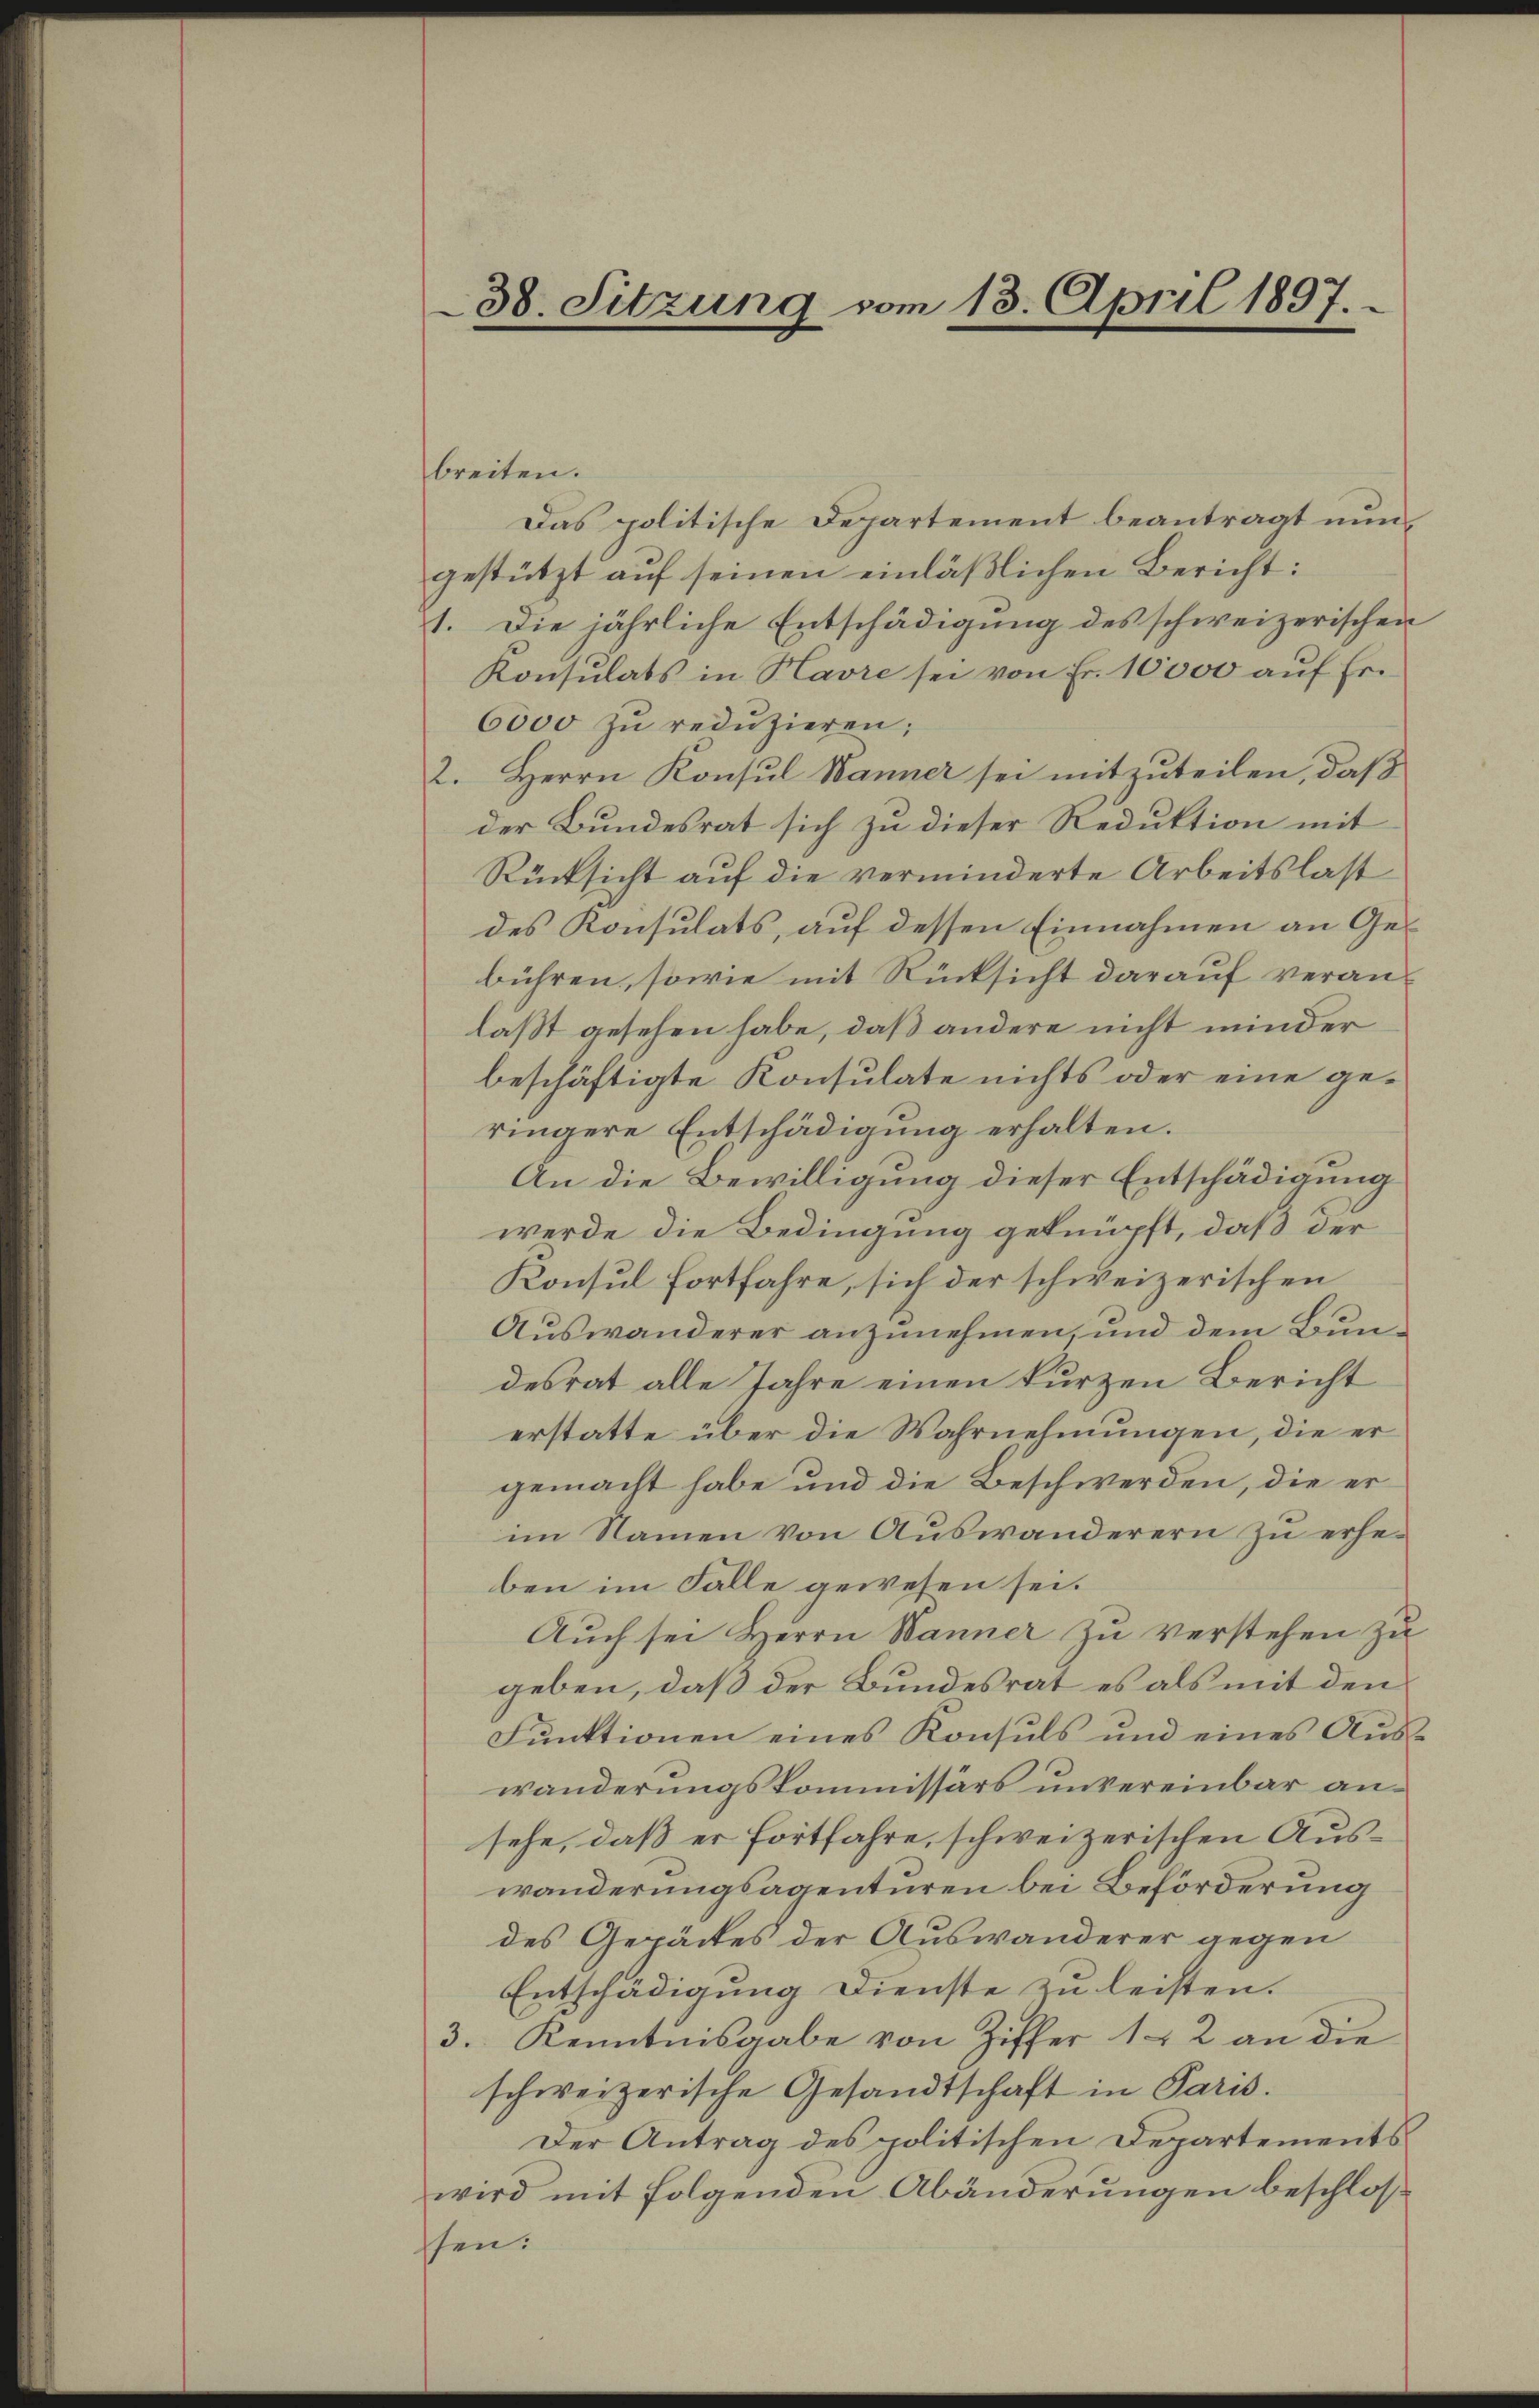
38. Sitzung vom 13. April 1897.

breiten.
Das politische Departement beantragt nungestützt auf seinen einläßlichen Bericht:
1. Die jährliche Entschädigung des schweizerischen
Konsulats in Havre sei von Fr. 10000 auf Er¬
6000 zu reduzieren;
2. Herrn Konsul Männer sei mitzuteilen, daß
der Bundesrat sich zu dieser Reduktion mit
Rücksicht auf die verminderte Arbeitslast
des Konsulats, auf dessen Einnahmen an Gebühren, sowie mit Rücksicht darauf veranlaßt gesehen habe, daß andere nicht minder
beschäftigte Konsulate nichts oder eine geringere Entschädigung erhalten.
An die Bewilligung dieser Entschädigung
werde die Bedingung geknüpft, daß der
Konsul fortfahre, sich der schweizerischen
Auswanderer anzunehmen, und dem Bundesrat alle Jahre einen kurzen Bericht
erstatte über die Wahrnehmungen, die er
gemacht habe und die Beschwerden, die er
im Namen von Auswanderern zu erheben im Falle gewesen sei.
Aŭch sei Herrn Wanner zŭ verstehen zŭ
geben, daß der Bundesrat es als mit den
Funktionen eines Konsuls und eines Auswänderungskommissärs unvereinbar ansehe, daß er fortfahre, schweizerischen Auswanderungsagenturen bei Beförderung
des Gepäckes der Auswanderer gegen
Entschädigung Dienste zu leisten.
3. Kenntnisgabe von Ziffer 12 an die
schweizerische Gesandtschaft in Paris.
Der Antrag des politischen Departements
wird mit folgenden Abänderungen beschlossen: